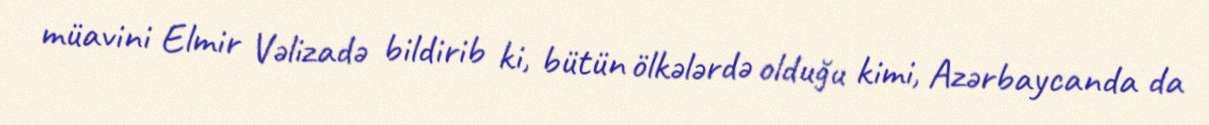
müavini Elmir Vəlizadə bildirib ki, bütün ölkələrdə olduğu kimi, Azərbaycanda da